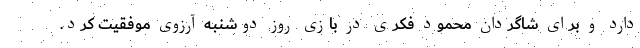
دارد و برای شاگردان محمود فکری در بازی روز دوشنبه آرزوی موفقیت کرد.